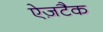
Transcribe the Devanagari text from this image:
ऐज़टैक